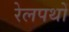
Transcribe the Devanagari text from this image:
रेलपथों